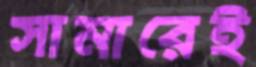
সামারেই